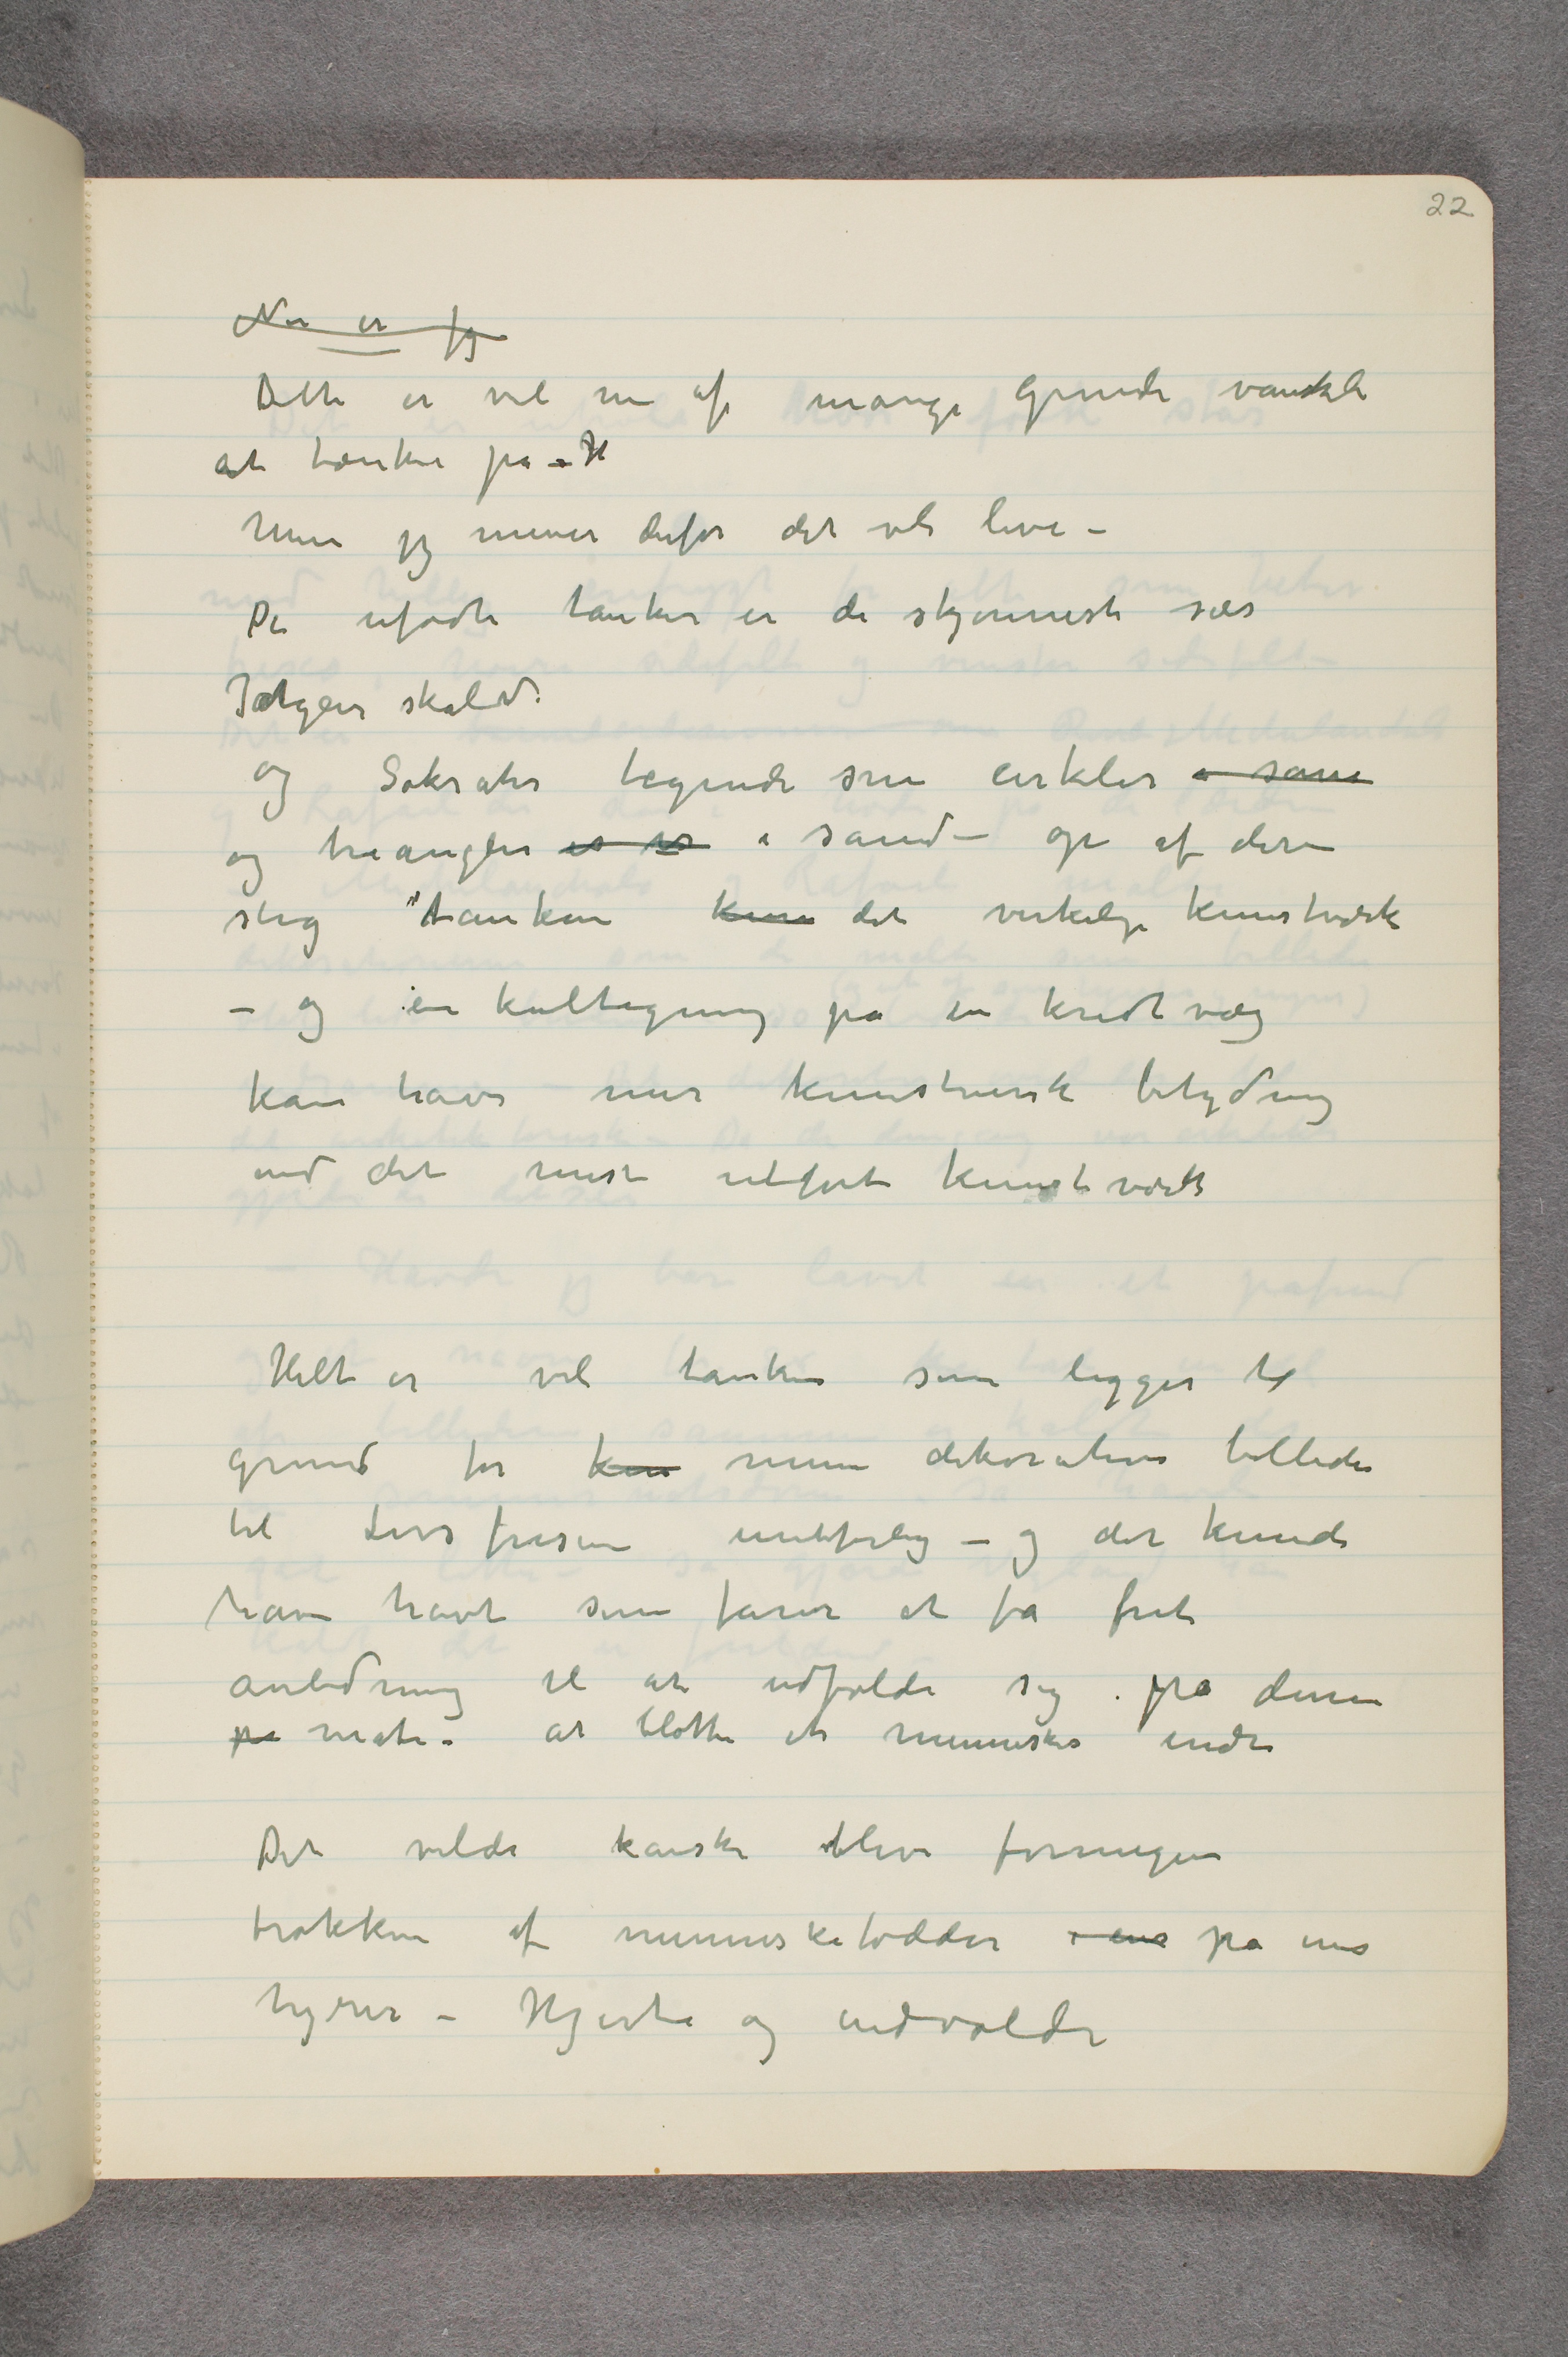
Nu er jeg
Dette er vel nu af mange grunde vanskeli
at tænke på – H
Men jeg mener derfor det vil leve –
De ufødte tanker er de skjønneste sier
Jatgeir skald.
og Sokrates tegnede sine cirkler i san
og triangler is is i sand – op af dem
steg tanken kom det virkelige kunstværk
– og en kultegning på en kridtvæg
kan have mer kunstnerisk betydning
end det mest utførte kunstværk
Helt er vel tanken som ligger til
grund for k …  mine dekorative billeder
til Livsfrisen uretfærdig – og det kunde
have havt sine farer at få frit
anledning til at udfolde sig på denne
på måte – at blotte et menneskes indre
Det vilde kanske blive formegen
trakken af menneskefødder i ens på ens
Nyrer – Hjerte og indvolder